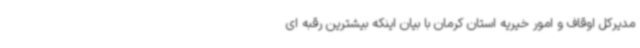
مدیرکل اوقاف و امور خیریه استان کرمان با بیان اینکه بیشترین رقبه ای